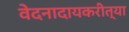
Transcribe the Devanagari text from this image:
वेदनादायकरीत्या